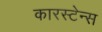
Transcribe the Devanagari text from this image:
कारस्टेन्स